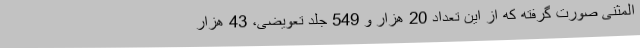
المثنی صورت گرفته که از این تعداد 20 هزار و 549 جلد تعویضی، 43 هزار